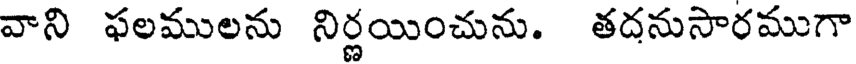
వాని ఫలములను నిర్ణయించును. తదనుసారముగా